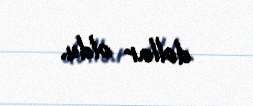
dollar oldu.